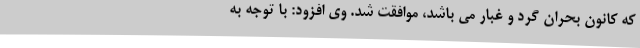
که کانون بحران گرد و غبار می باشد، موافقت شد. وی افزود: با توجه به